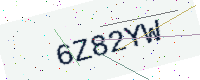
Text: 6Z82YW